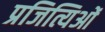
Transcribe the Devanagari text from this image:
प्रजित्यिओं